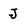
Character: J